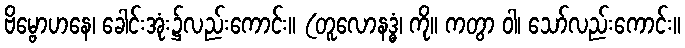
ဗိမ္ဗောဟနေ၊ ခေါင်းအုံး၌လည်းကောင်း။ (တူလောနဒ္ဓံ၊ ကို။ ကတွာ ဝါ၊ သော်လည်းကောင်း။